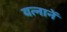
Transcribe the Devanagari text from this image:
यत्नानें